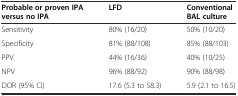
| Probable or proven IPA versus no IPA | LFD | Conventional BAL culture |
 | --- | --- | --- |
 | Sensitivity | 80% (16/20) | 50% (10/20) |
 | Specificity | 81% (88/108) | 85% (88/103) |
 | PPV | 44% (16/36) | 40% (10/25) |
 | NPV | 96% (88/92) | 90% (88/98) |
 | DOR (95% CI) | 17.6 (5.3 to 58.3) | 5.9 (2.1 to 16.5) |